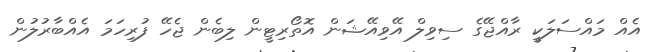
އެއް މައްސަލަކީ ރާއްޖޭގެ ސިވިލް އޭވިއޭޝަން އޮތޯރިޓީން ލިބެން ޖެހޭ ފުރިހަމަ އެއްބާރުލުން